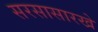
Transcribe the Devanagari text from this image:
सरसासारखे